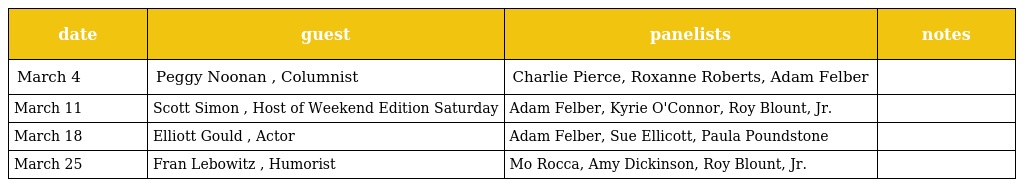
| date | guest | panelists | notes |
 | --- | --- | --- | --- |
 | March 4 | Peggy Noonan , Columnist | Charlie Pierce, Roxanne Roberts, Adam Felber |  |
 | March 11 | Scott Simon , Host of Weekend Edition Saturday | Adam Felber, Kyrie O'Connor, Roy Blount, Jr. |  |
 | March 18 | Elliott Gould , Actor | Adam Felber, Sue Ellicott, Paula Poundstone |  |
 | March 25 | Fran Lebowitz , Humorist | Mo Rocca, Amy Dickinson, Roy Blount, Jr. |  |